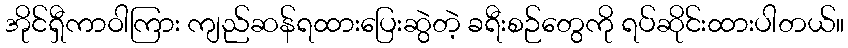
အိုင်ရှီကာဝါကြား ကျည်ဆန်ရထားပြေးဆွဲတဲ့ ခရီးစဉ်တွေကို ရပ်ဆိုင်းထားပါတယ်။